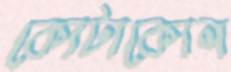
কোটাকোল